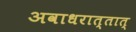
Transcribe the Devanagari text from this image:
अवाधरात्तात्